Punjab Mental Hospital Lahore 1922-31 - 1922-1931
Year: 1922
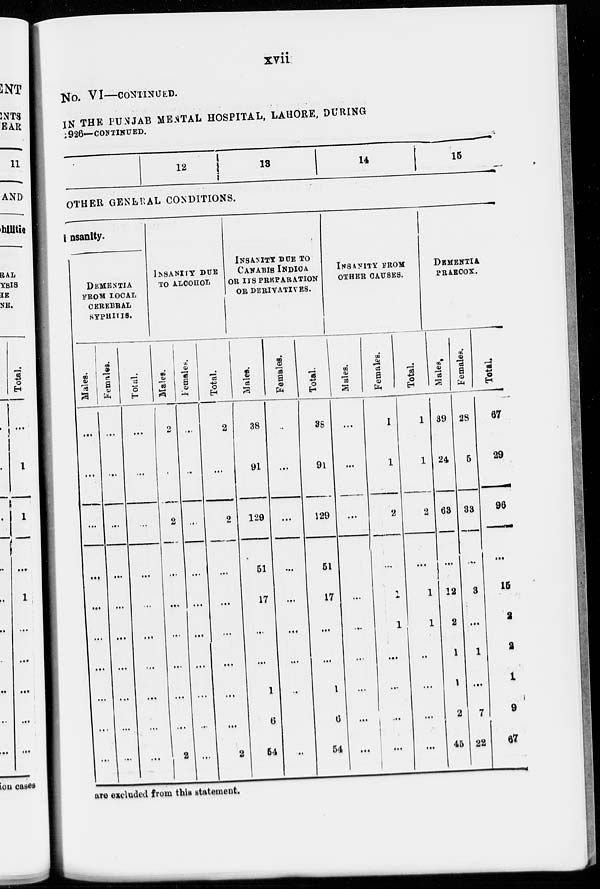
xvii
No. VI—CONTINUED.
IN THE PUNJAB MENTAL HOSPITAL, LAHORE, DURING
1926—CONTINUED.
12
13
14
15
OTHER GENERAL CONDITIONS.
insanity.
DEMENTIA
FROM LOCAL
CEREBRAL
SYPHILIS.
Males.
...
...
...
...
...
...
...
...
...
...
Females.
...
...
...
...
...
...
...
...
...
...
Total.
...
...
...
...
...
...
...
...
...
...
INSANITY DUE
TO ALCOHOL
Males.
2
...
2
...
...
...
...
...
...
2
Females.
...
...
...
...
...
...
...
...
...
...
Total.
2
...
2
...
...
...
...
...
...
2
INSANITY DUE TO
CANABIS INDICA
OR ITS PREPARATION
OR DERIVATIVES.
Males.
38
91
129
51
17
...
...
1
6
54
Females.
...
...
...
...
...
...
...
...
...
...
Total.
38
91
129
51
17
...
...
1
6
54
INSANITY FROM
OTHER CAUSES.
Males.
...
...
...
...
...
...
...
...
...
...
Females.
1
1
2
...
1
1
...
...
...
...
Total.
1
1
2
...
1
1
...
...
...
...
DEMENTIA
PRAECOX.
Males.
39
24
63
...
12
2
1
1
2
45
Females.
28
5
33
...
3
...
1
...
7
22
Total.
67
29
96
...
15
2
2
1
9
67
are excluded from this statement.